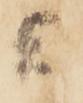
者